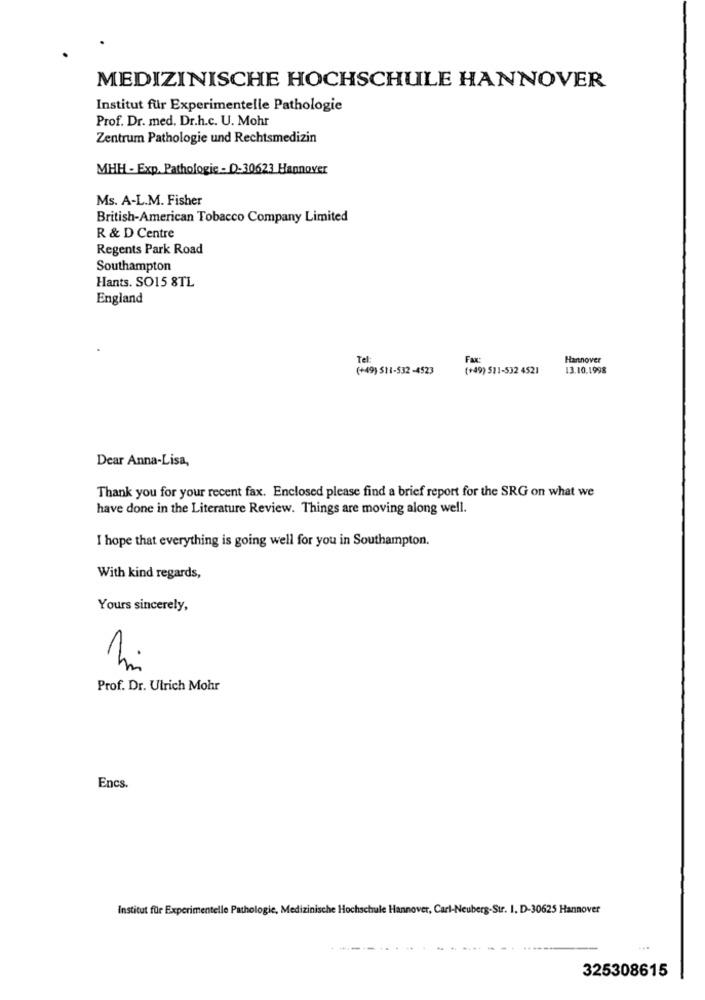
MEDIZINISCHE HOCHSCHULE HANNOVER
Institut für Experimentelle Pathologie
Prof. Dr. med. Dr.h.c. U. Mohr
Zentrum Pathologie und Rechtsmedizin
MHH - Exp. Pathologie - D-30623 Hannover
Ms. A-L.M. Fisher
British-American Tobacco Company Limited
R & D Centre
Regents Park Road
Southampton
Hants. SO15 8TL
England
Tel:
Fax:
Hannover
(+49) 511-532 -4523
(+49) 511-532 4521
13.10.1998
Dear Anna-Lisa,
Thank you for your recent fax. Enclosed please find a brief report for the SRG on what we
have done in the Literature Review. Things are moving along well.
I hope that everything is going well for you in Southampton.
With kind regards,
Yours sincerely,
Prof. Dr. Ulrich Mohr
Encs.
Institut für Experimentelle Pathologie, Medizinische Hochschule Hannover, Carl-Neuberg-Str. I. D-30625 Hannover
325308615